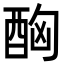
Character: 𨠮